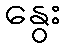
နွေး